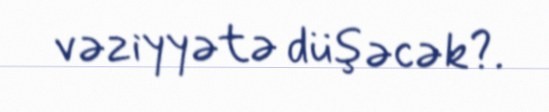
vəziyyətə düşəcək?.